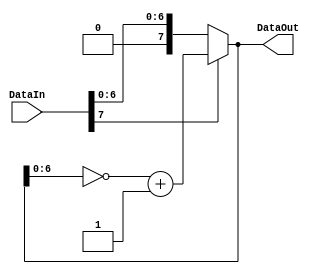
module Com_2C(DataIn, DataOut);
	input [7:0] DataIn;		//原码输入

	output [7:0] DataOut;	//补码
	
	reg [7:0] DataOut;

	always@(DataIn)
		begin
			if(DataIn[7])
				DataOut = {1'b1, ~DataOut[6:0]+1};	//符号位不变，其他为取反再加1
			else
				DataOut = DataIn;
		end
endmodule